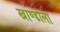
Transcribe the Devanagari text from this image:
खाण्डोला